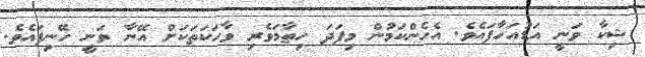
ޝިކާ ވަނީ އަޑުއަހާފައެވެ. އެހެންކަމުން މިފަދަ ހިތާމަވެރި ވާހަކަތަކަށް އޭނާ ވަނީ ހޭނިފައެވެ.